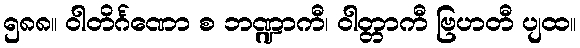
၅၈၈။ ဝါတိင်္ဂဏော စ ဘဏ္ဍာကီ၊ ဝါတ္တာကီ ဗြဟတီ ပျထ။